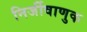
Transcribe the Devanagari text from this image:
निर्जीवाणुक